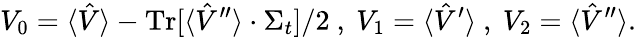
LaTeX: V_{0}=\langle\hat{V}\rangle-\operatorname{Tr}[\langle\hat{V}^{\prime\prime}\rangle\cdot\Sigma_{t}]/2\mathrm{~,~}V_{1}=\langle\hat{V}^{\prime}\rangle\mathrm{~,~}V_{2}=\langle\hat{V}^{\prime\prime}\rangle.